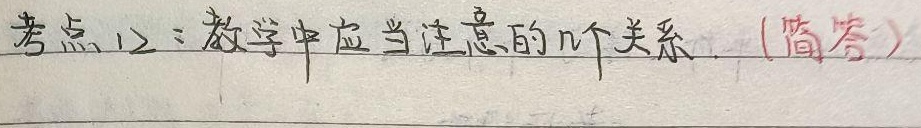
考点12：教学中应当注意的几个关系.（简答）